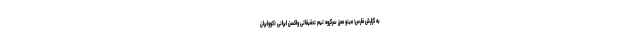
به گزارش فارس؛ مینو محرز سرگروه تیم تحقیقاتی واکسن ایرانی (کووایران